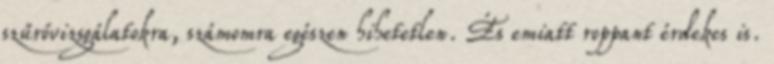
szűrővizsgálatokra, számomra egészen hihetetlen. És emiatt roppant érdekes is.